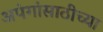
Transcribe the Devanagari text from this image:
अपंगांसाठीच्या